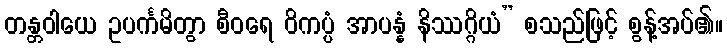
တန္တဝါယေ ဥပင်္ကမိတွာ စီဝရေ ဝိကပ္ပံ အာပန္နံ နိဿဂ္ဂိယံ” စသည်ဖြင့် စွန့်အပ်၏။